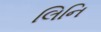
લિનિ